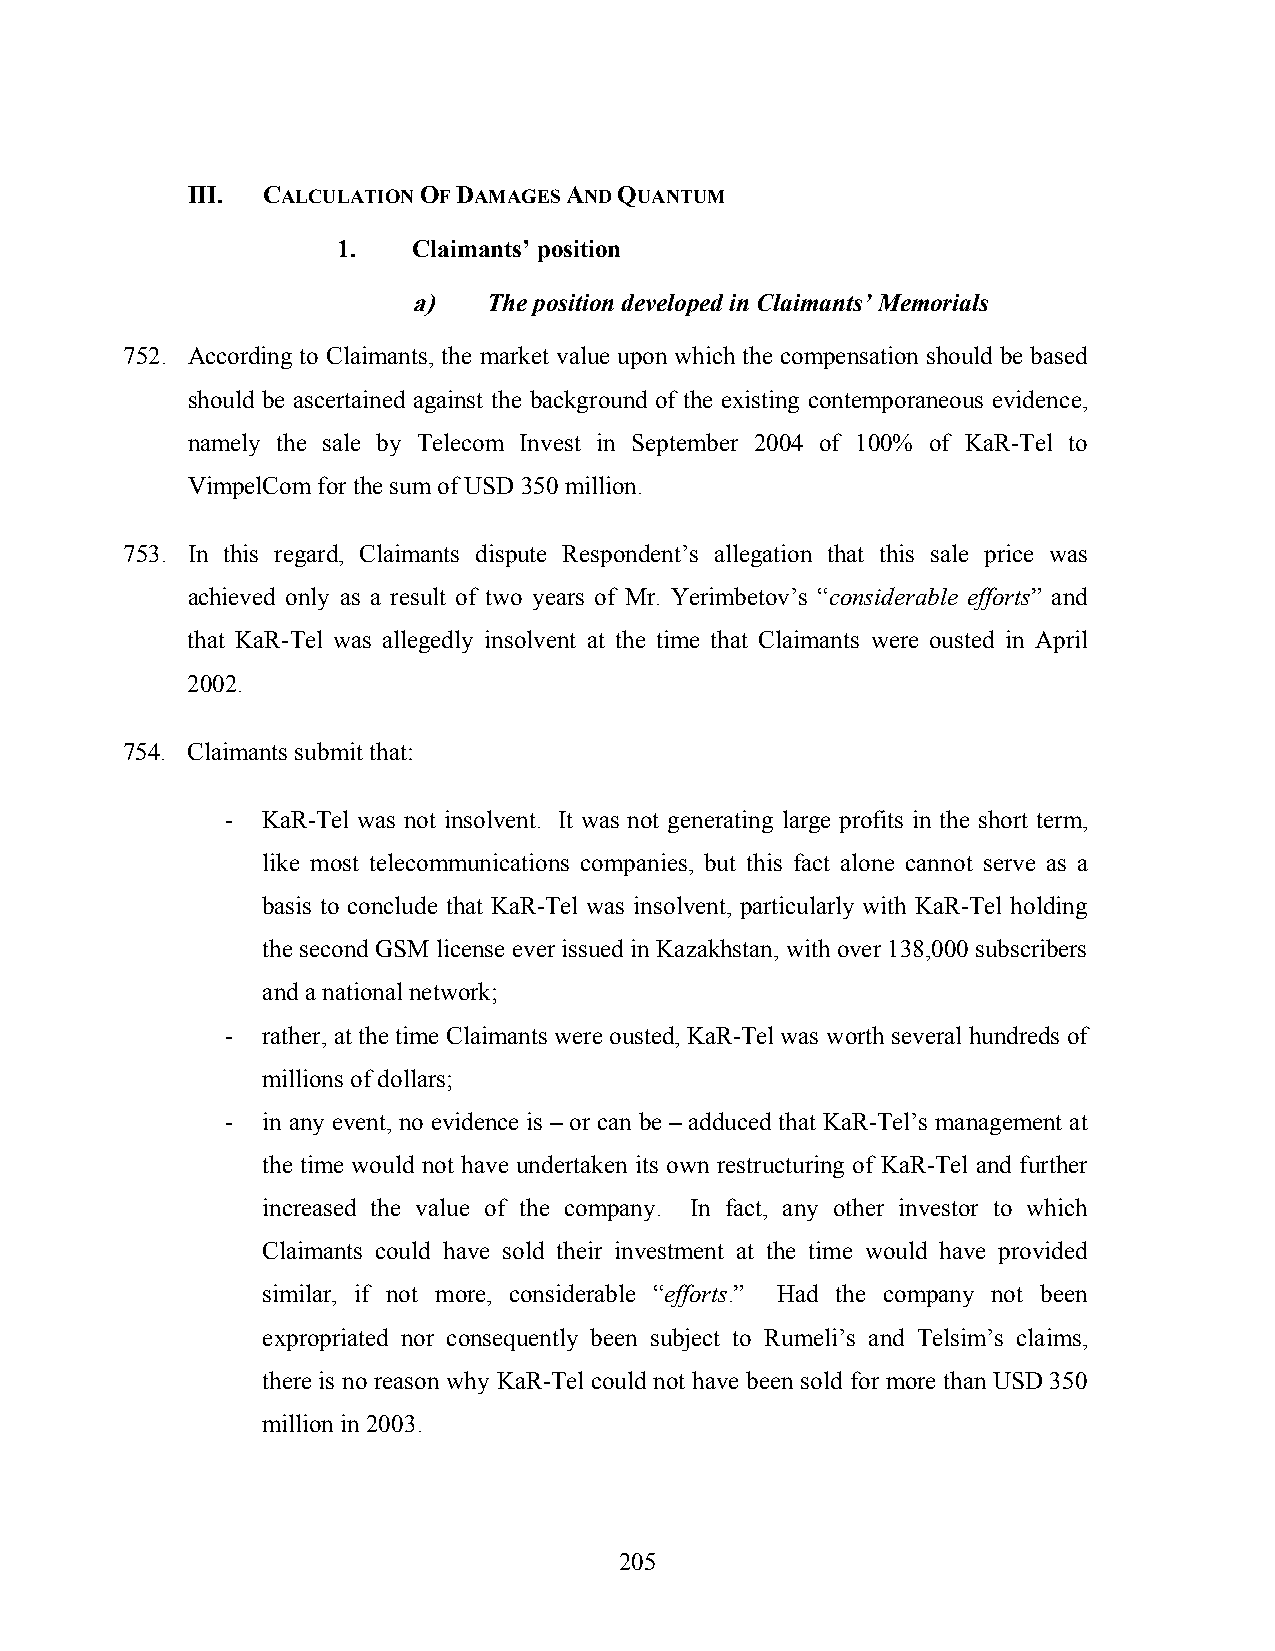
III. CALCULATION OF DAMAGES AND QUANTUM
 1.   Claimants’ position
 a)   The position developed in Claimants’ Memorials
 752. According to Claimants, the market value upon which the compensation should be based
 should be ascertained against the background of the existing contemporaneous evidence,
 namely the sale by Telecom Invest in September 2004 of 100% of KaR-Tel to
 VimpelCom for the sum of USD 350 million.
 753. In this regard, Claimants dispute Respondent’s allegation that this sale price was
 achieved only as a result of two years of Mr. Yerimbetov’s “considerable efforts” and
 that KaR-Tel was allegedly insolvent at the time that Claimants were ousted in April
 2002.
 754. Claimants submit that:
 - KaR-Tel was not insolvent. It was not generating large profits in the short term,
 like most telecommunications companies, but this fact alone cannot serve as a
 basis to conclude that KaR-Tel was insolvent, particularly with KaR-Tel holding
 the second GSM license ever issued in Kazakhstan, with over 138,000 subscribers
 and a national network;
 - rather, at the time Claimants were ousted, KaR-Tel was worth several hundreds of
 millions of dollars;
 - in any event, no evidence is – or can be – adduced that KaR-Tel’s management at
 the time would not have undertaken its own restructuring of KaR-Tel and further
 increased the value of the company. In fact, any other investor to which
 Claimants could have sold their investment at the time would have provided
 similar, if not more, considerable “efforts.” Had the company not been
 expropriated nor consequently been subject to Rumeli’s and Telsim’s claims,
 there is no reason why KaR-Tel could not have been sold for more than USD 350
 million in 2003.
 205